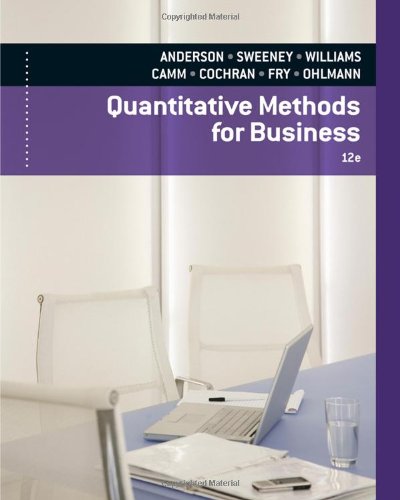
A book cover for Quantitative Methods for Business (with Printed Access Card); David R. Anderson; Business & Money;